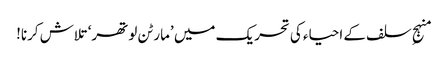
منہجِ سلف کے احیاء کی تحریک میں ’مارٹن لوتھر‘ تلاش کرنا!